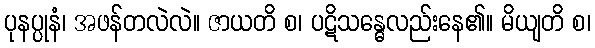
ပုနပ္ပုနံ၊ အဖန်တလဲလဲ။ ဇာယတိ စ၊ ပဋိသန္ဓေလည်းနေ၏။ မိယျတိ စ၊